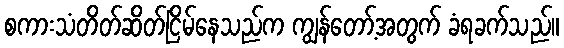
စကားသံတိတ်ဆိတ်ငြိမ်နေသည်က ကျွန်တော့်အတွက် ခံရခက်သည်။